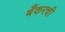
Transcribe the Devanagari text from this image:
बँकरची